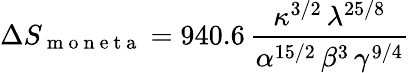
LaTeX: \Delta S_{\mathrm{~m~o~n~e~t~a~}}=940.6\, \frac{\kappa^{3/2}\, \lambda^{25/8}}{\alpha^{15/2}\, \beta^{3}\, \gamma^{9/4}}